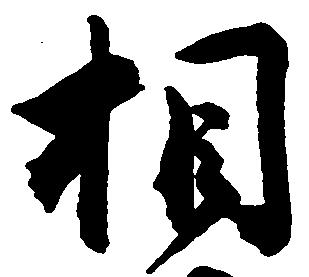
相